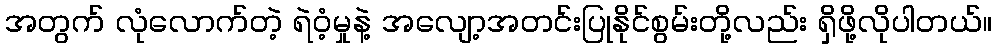
အတွက် လုံလောက်တဲ့ ရဲဝံ့မှုနဲ့ အလျော့အတင်းပြုနိုင်စွမ်းတို့လည်း ရှိဖို့လိုပါတယ်။